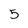
Character: 5